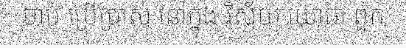
ចាប់ ប្រើប្រាស់ នៅក្នុង វិស័យ យោធា ពួក